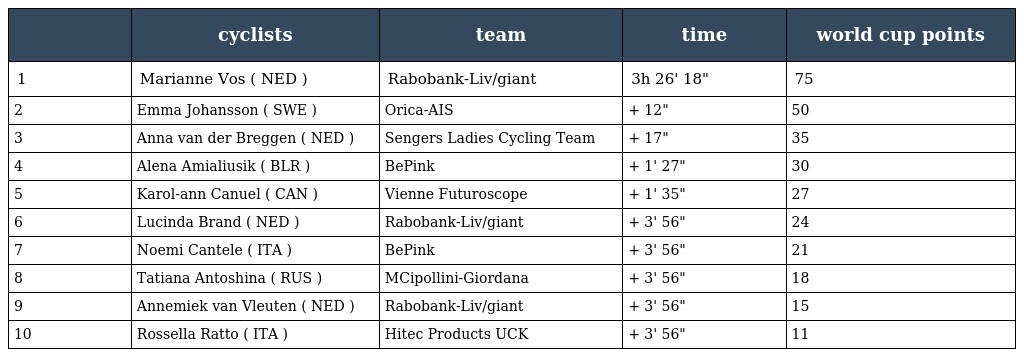
|  | cyclists | team | time | world cup points |
 | --- | --- | --- | --- | --- |
 | 1 | Marianne Vos ( NED ) | Rabobank-Liv/giant | 3h 26' 18" | 75 |
 | 2 | Emma Johansson ( SWE ) | Orica-AIS | + 12" | 50 |
 | 3 | Anna van der Breggen ( NED ) | Sengers Ladies Cycling Team | + 17" | 35 |
 | 4 | Alena Amialiusik ( BLR ) | BePink | + 1' 27" | 30 |
 | 5 | Karol-ann Canuel ( CAN ) | Vienne Futuroscope | + 1' 35" | 27 |
 | 6 | Lucinda Brand ( NED ) | Rabobank-Liv/giant | + 3' 56" | 24 |
 | 7 | Noemi Cantele ( ITA ) | BePink | + 3' 56" | 21 |
 | 8 | Tatiana Antoshina ( RUS ) | MCipollini-Giordana | + 3' 56" | 18 |
 | 9 | Annemiek van Vleuten ( NED ) | Rabobank-Liv/giant | + 3' 56" | 15 |
 | 10 | Rossella Ratto ( ITA ) | Hitec Products UCK | + 3' 56" | 11 |